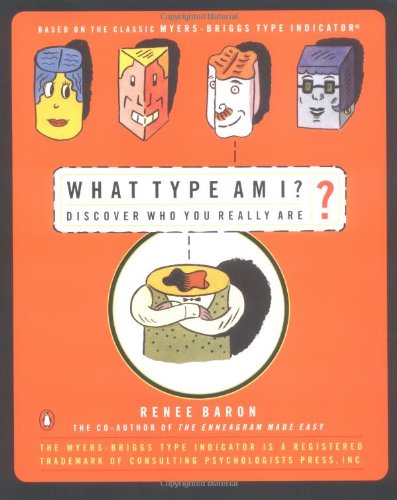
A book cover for What Type Am I? Discover Who You Really Are; Renee Baron; Health, Fitness & Dieting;